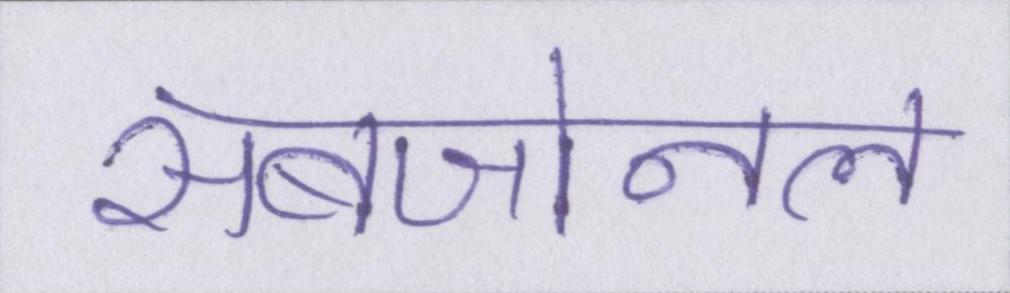
सबजोनल